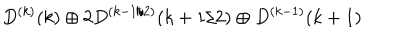
D ^ { ( k ) } ( k ) \oplus 2 D ^ { ( k - 1 / 2 ) } ( k + 1 / 2 ) \oplus D ^ { ( k - 1 ) } ( k + 1 )